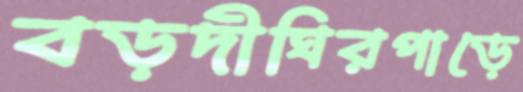
বড়দীঘিরপাড়ে